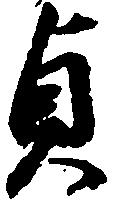
貞